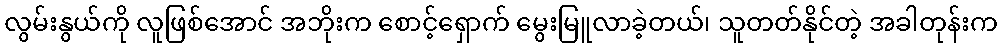
လွမ်းနွယ်ကို လူဖြစ်အောင် အဘိုးက စောင့်ရှောက် မွေးမြူလာခဲ့တယ်၊ သူတတ်နိုင်တဲ့ အခါတုန်းက